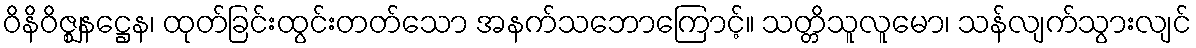
ဝိနိဝိဇ္ဈနဋ္ဌေန၊ ထုတ်ခြင်းထွင်းတတ်သော အနက်သဘောကြောင့်။ သတ္တိသူလူမော၊ သန်လျက်သွားလျင်